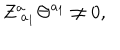
LaTeX: Z _ { \; a _ { 1 } } ^ { a } \Theta ^ { a _ { 1 } } \neq 0 ,